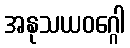
အနုသယဝဂ္ဂေါ